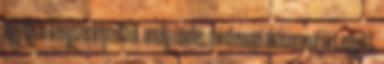
egy olyan kényszerképzetből, amely rendes, mindennapi alvásommal járt együtt,